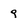
Character: 9